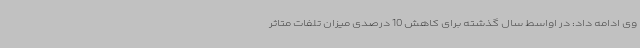
وی ادامه داد: در اواسط سال گذشته برای کاهش 10 درصدی میزان تلفات متاثر